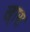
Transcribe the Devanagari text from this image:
ख्ास